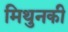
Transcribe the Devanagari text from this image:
मिथुनकी